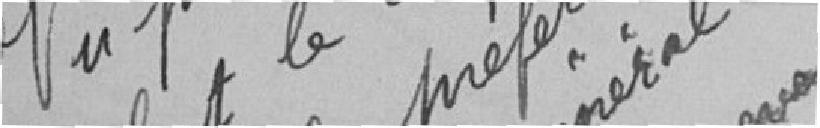
Belfort le 24 Xbre 1917